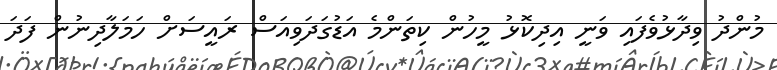
މުންދު ވިދާޅުވެފައި ވަނީ އިދިކޮޅު މީހުން ކިތަންމެ އަޑުގަދަވިއަސް ރައީސަށް ހަމަލާދިނުން ފަދަ